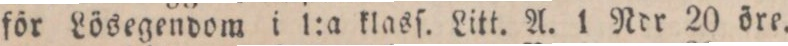
för Lösegendom i 1:a klasſ. Litt. A. 1 Ndr 20 öre.